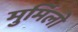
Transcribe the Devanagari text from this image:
मुर्मिलो